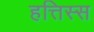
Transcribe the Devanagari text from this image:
हत्तिस्स